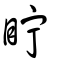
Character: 眝